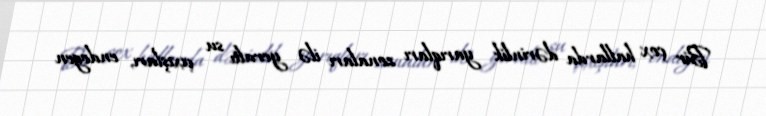
Bir çox hallarda dərinlik yarıqları zonaları ilə yeraltı su çıxışları, endogen